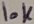
Text: 10K